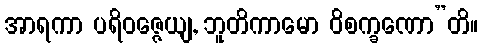
အာရကာ ပရိဝဇ္ဇေယျ, ဘူတိကာမော ဝိစက္ခဏော”တိ။